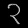
Digit: ၃